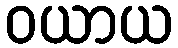
ဝယာယ